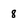
Character: 8